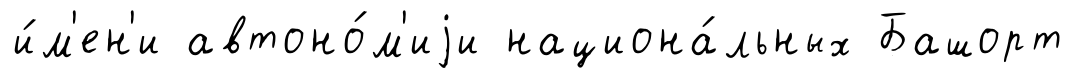
и́м'ен'и автоно́м'иjи национа́льных Башорт